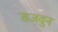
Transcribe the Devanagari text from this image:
सजवुन